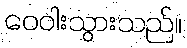
ဝေဝါးသွားသည်။